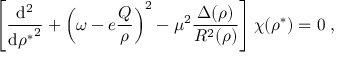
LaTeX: \left[ \frac { \mathrm { d } ^ { 2 } } { { \mathrm { d } { \rho } ^ { * } } ^ { 2 } } + \left( \omega - e \frac { Q } { \rho } \right) ^ { 2 } - \mu ^ { 2 } \frac { \Delta ( \rho ) } { R ^ { 2 } ( \rho ) } \right] \chi ( { \rho } ^ { * } ) = 0 \; ,